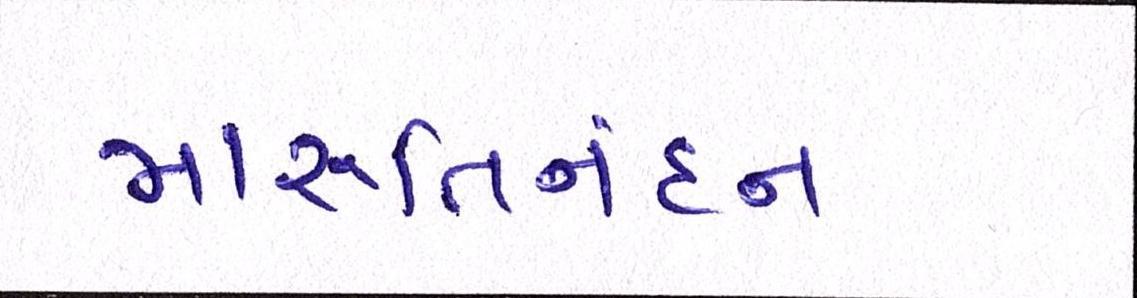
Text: મારૂતિનંદન